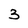
Character: 3